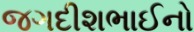
જગદીશભાઈનો